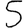
Digit: 5